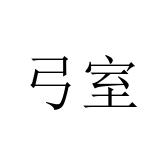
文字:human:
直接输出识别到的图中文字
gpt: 弓室